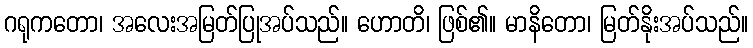
ဂရုကတော၊ အလေးအမြတ်ပြုအပ်သည်။ ဟောတိ၊ ဖြစ်၏။ မာနိတော၊ မြတ်နိုးအပ်သည်။